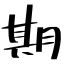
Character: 期